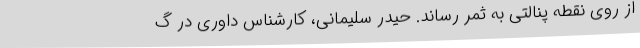
از روی نقطه پنالتی به ثمر رساند. حیدر سلیمانی، کارشناس داوری در گ